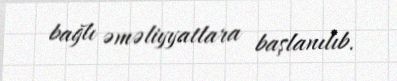
bağlı əməliyyatlara başlanılıb.